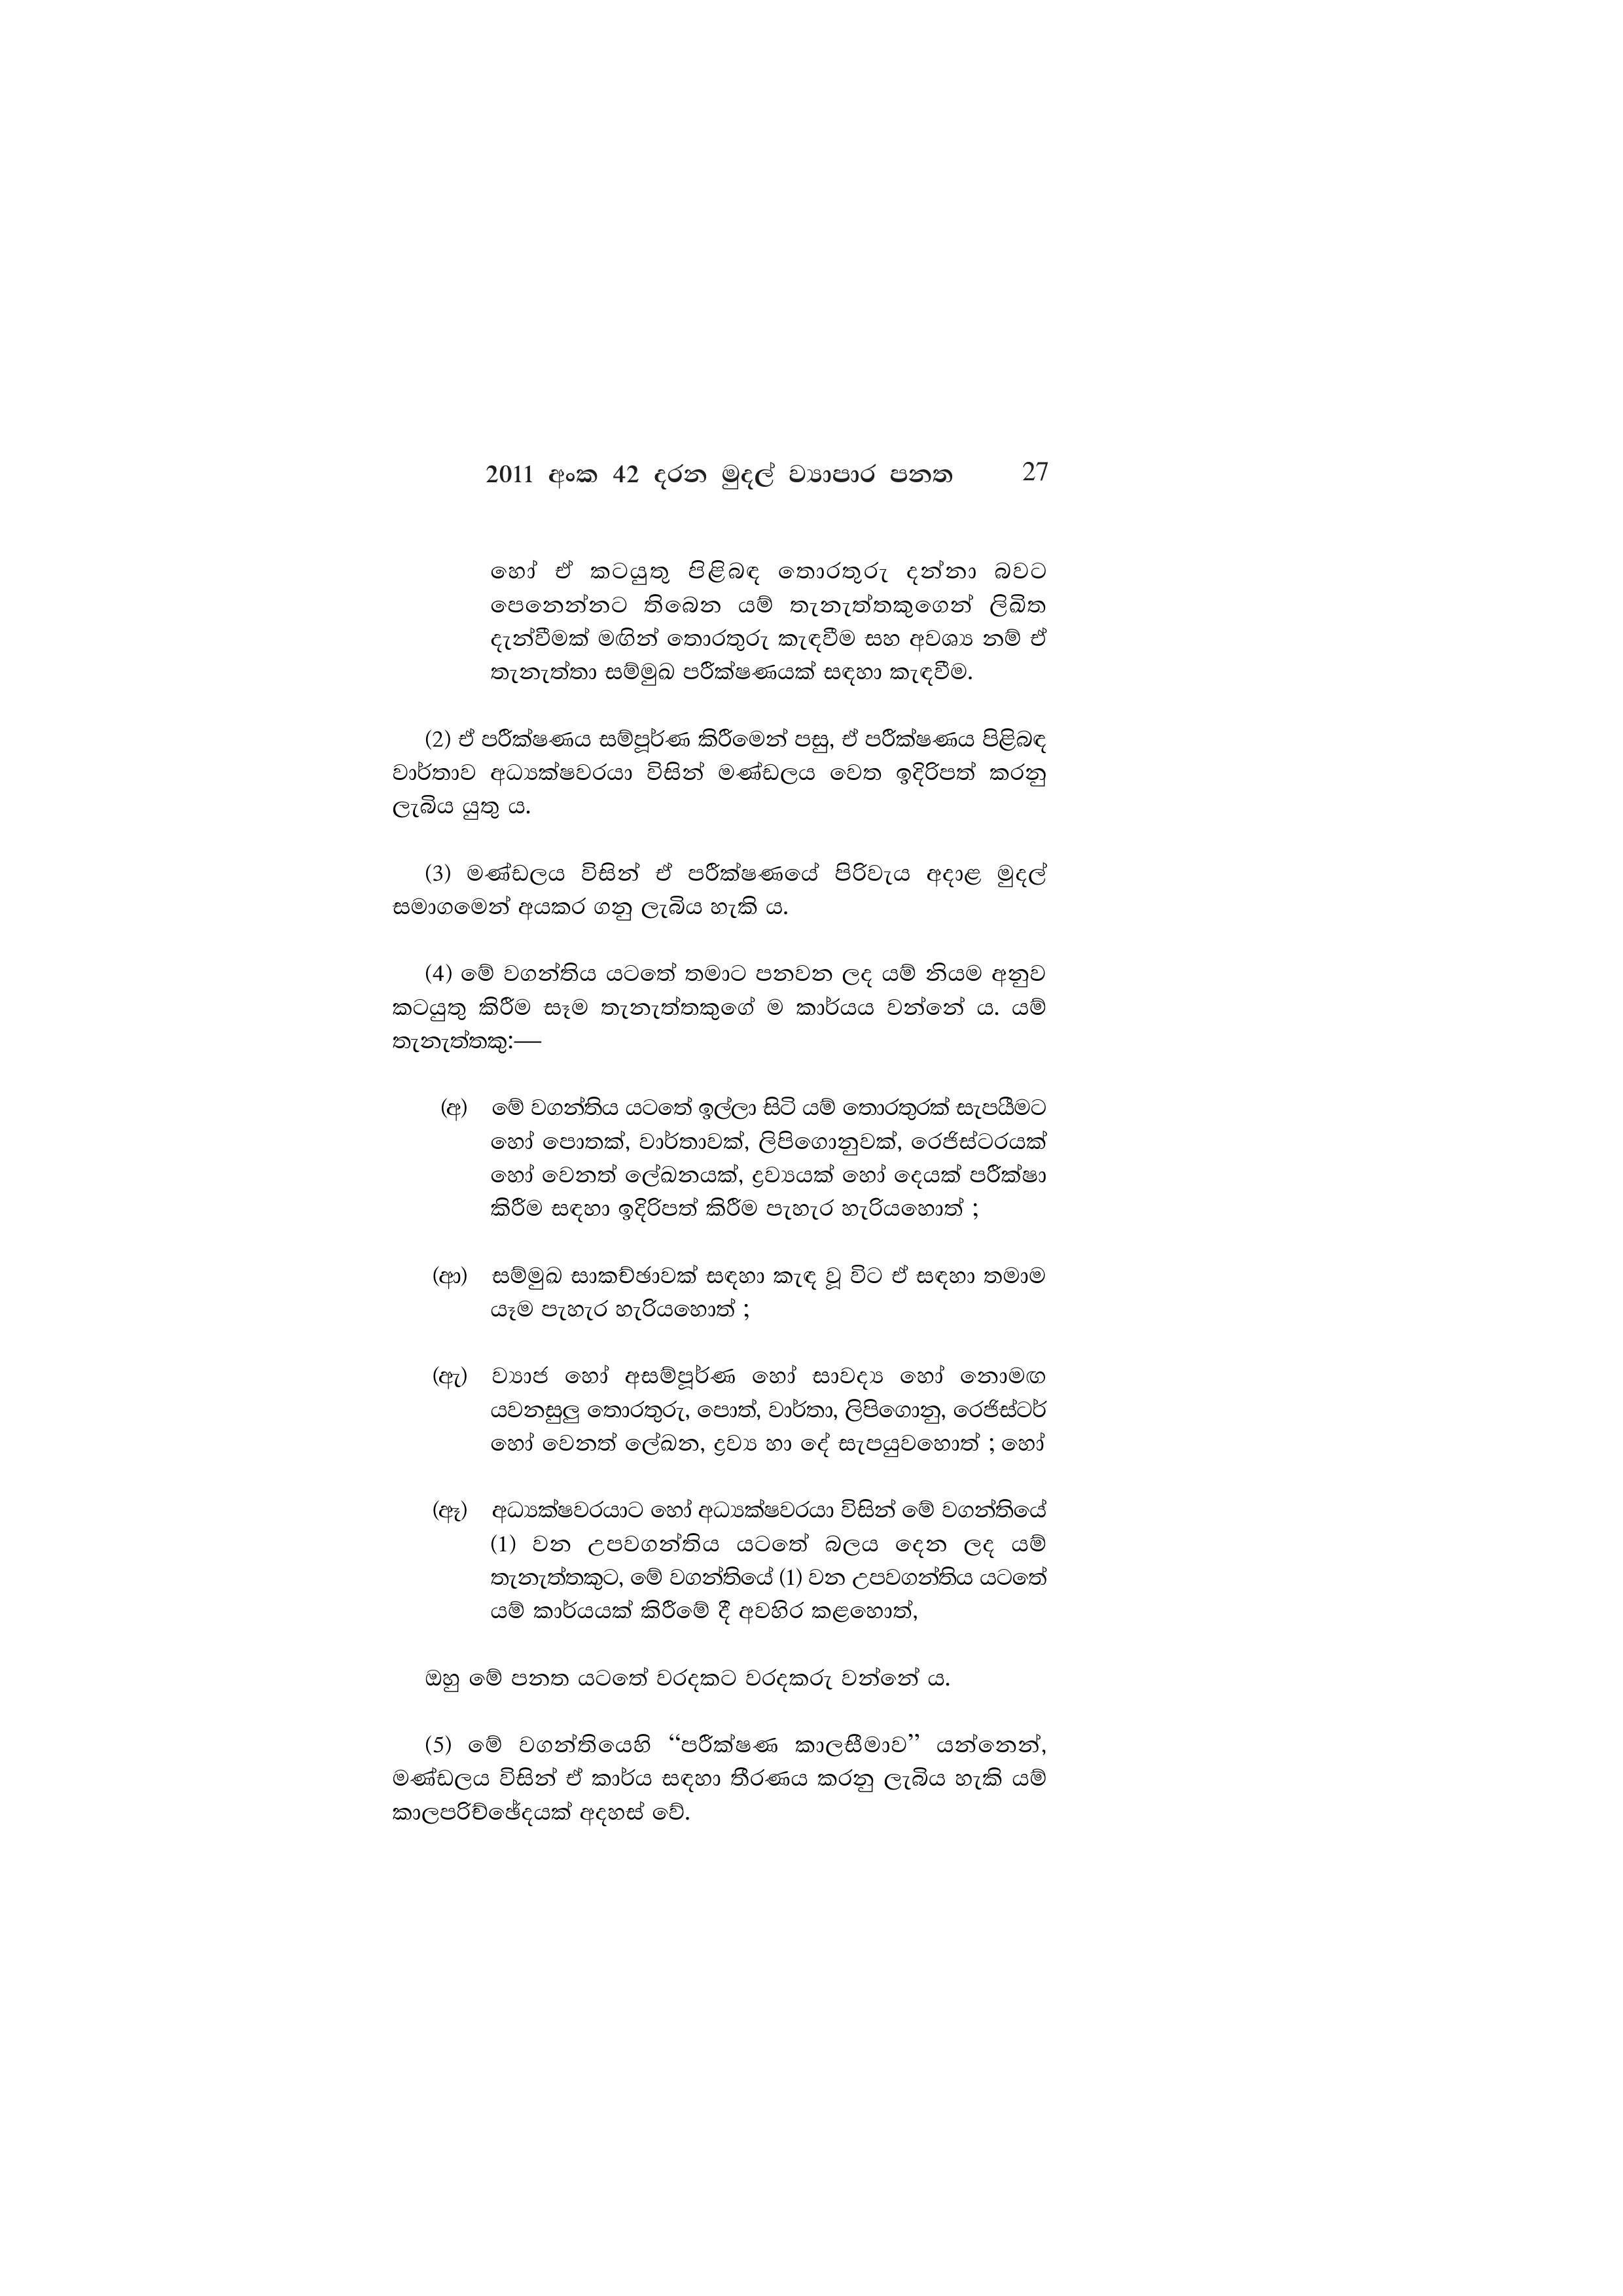
2011 අංක 42 දරන මුදල් ව්‍යාපාර පනත 27

හෝ ඒ කටයුතු පිළිබඳ තොරතුරු දන්නා බවට
පෙනෙන්නට තිබෙන යම් තැනැත්තකුගෙන් ලිඛිත
දැන්වීමක් මඟින් තොරතුරු කැඳවීම සහ අවශ්‍ය නම් ඒ
තැනැත්තා සම්මුඛ පරීක්ෂණයක් සඳහා කැඳවීම.

(2) ඒ පරීක්ෂණය සම්පූර්ණ කිරීමෙන් පසු, ඒ පරීක්ෂණය පිළිබඳ
වාර්තාව අධ්‍යක්ෂවරයා විසින් මණ්ඩලය වෙත ඉදිරිපත් කරනු
ලැබිය යුතු ය.

(3) මණ්ඩලය විසින් ඒ පරීක්ෂණයේ පිරිවැය අදාළ මුදල්
සමාගමෙන් අයකර ගනු ලැබිය හැකි ය.

(4) මේ වගන්තිය යටතේ තමාට පනවන ලද යම් නියම අනුව
කටයුතු කිරීම සෑම තැනැත්තකුගේ ම කාර්යය වන්නේ ය. යම්
තැනැත්තකු:—

(අ) මේ වගන්තිය යටතේ ඉල්ලා සිටි යම් තොරතුරක් සැපයීමට
හෝ පොතක්, වාර්තාවක්, ලිපිගොනුවක්, රෙජිස්ටරයක්
හෝ වෙනත් ලේඛනයක්, ද්‍රව්‍යයක් හෝ දෙයක් පරීක්ෂා
කිරීම සඳහා ඉදිරිපත් කිරීම පැහැර හැරියහොත් ;

(ආ) සම්මුඛ සාකච්ඡාවක් සඳහා කැඳ වූ විට ඒ සඳහා තමාම
යෑම පැහැර හැරියහොත් ;

(ඇ) ව්‍යාජ හෝ අසම්පූර්ණ හෝ සාවද්‍ය හෝ නොමඟ
යවනසුලු තොරතුරු, පොත්, වාර්තා, ලිපිගොනු, රෙජිස්ටර්
හෝ වෙනත් ලේඛන, ද්‍රව්‍ය හා දේ සැපයුවහොත් ; හෝ

(ඈ) අධ්‍යක්ෂවරයාට හෝ අධ්‍යක්ෂවරයා විසින් මේ වගන්තියේ
(1) වන උපවගන්තිය යටතේ බලය දෙන ලද යම්
තැනැත්තකුට, මේ වගන්තියේ (1) වන උපවගන්තිය යටතේ
යම් කාර්යයක් කිරීමේ දී අවහිර කළහොත්,

ඔහු මේ පනත යටතේ වරදකට වරදකරු වන්නේ ය.

(5) මේ වගන්තියෙහි “පරීක්ෂණ කාලසීමාව” යන්නෙන්,
මණ්ඩලය විසින් ඒ කාර්ය සඳහා තීරණය කරනු ලැබිය හැකි යම්
කාලපරිච්ඡේදයක් අදහස් වේ.